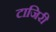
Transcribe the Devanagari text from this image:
टाजिरी